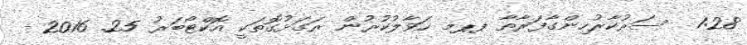
1:28  ސަރުކާރުހިންގާފަރާތާ ޕޕމ ހަވާލުކުރުން ރަގަޅުގޮތަކީ އޮކްޓޯބަރު 25